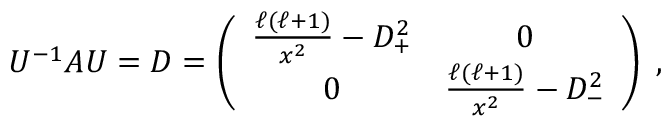
U ^ { - 1 } A U = D = \left( \begin{array} { c c } { \frac { \ell ( \ell + 1 ) } { x ^ { 2 } } - D _ { + } ^ { 2 } } & { 0 } \\ { 0 } & { \frac { \ell ( \ell + 1 ) } { x ^ { 2 } } - D _ { - } ^ { 2 } } \end{array} \right) \; ,